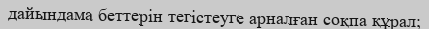
дайындама беттерін тегістеуге арналған соқпа құрал;